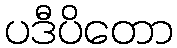
ပဒီပိတော